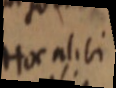
Horalibi